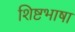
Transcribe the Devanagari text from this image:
शिष्टभाषा